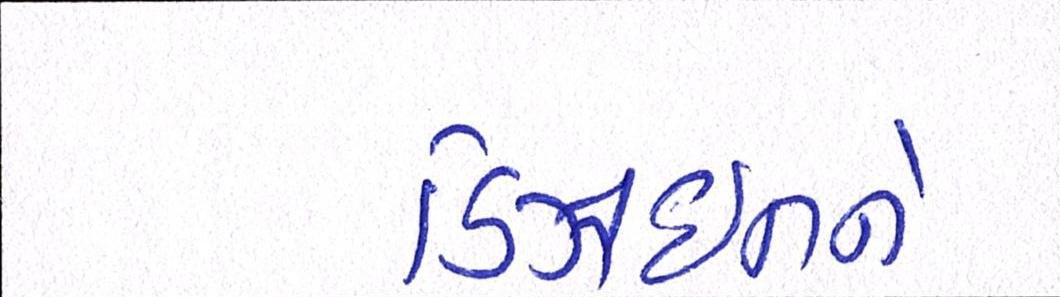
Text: ડિઝાઇનને